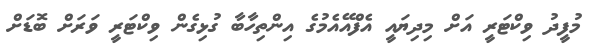
މުފީދު ވިކްޓަރީ އަށް މިދިޔައީ އެފްއޭއެމުގެ އިންތިހާބާ ގުޅިގެން ވިކްޓަރީ ވަރަށް ބޮޑަށް